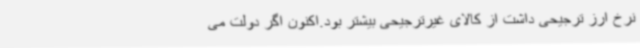
نرخ ارز ترجیحی داشت از کالای غیرترجیحی بیشتر بود.اکنون اگر دولت می